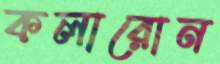
কলারোন